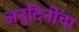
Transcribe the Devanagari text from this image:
अनुदिनींचा